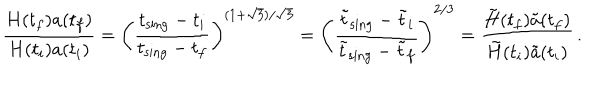
LaTeX: { \frac { H ( t _ { f } ) a ( t _ { f } ) } { H ( t _ { i } ) a ( t _ { i } ) } } = \left( { \frac { t _ { \mathrm { s i n g } } - t _ { i } } { t _ { \mathrm { s i n g } } - t _ { f } } } \right) ^ { ( 1 + \sqrt { 3 } ) / \sqrt { 3 } } = \left( { \frac { \tilde { t } _ { \mathrm { s i n g } } - \tilde { t } _ { i } } { \tilde { t } _ { \mathrm { s i n g } } - \tilde { t } _ { f } } } \right) ^ { 2 / 3 } = { \frac { \tilde { H } ( t _ { f } ) \tilde { a } ( t _ { f } ) } { \tilde { H } ( t _ { i } ) \tilde { a } ( t _ { i } ) } } \, .